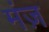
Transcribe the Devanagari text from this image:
मंज़